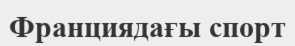
Франциядағы спорт